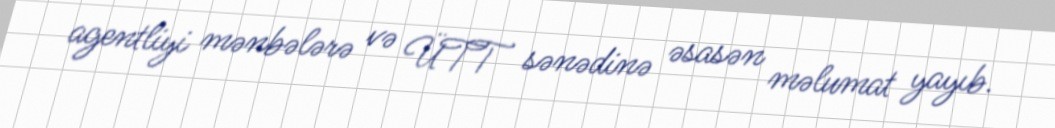
agentliyi mənbələrə və ÜTT sənədinə əsasən məlumat yayıb.